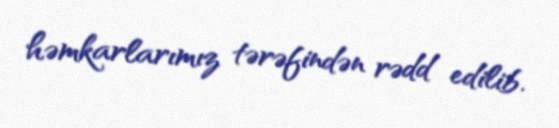
həmkarlarımız tərəfindən rədd edilib.